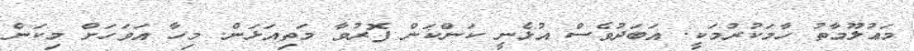
މަޢުލޫމާތު ހާމަކުރުމަކީ. އަބަދުވެސް އުޅެނީ ކަންކަން ފޮރުވާ މަތިއަޅަން. މިހާ އަވަހަށް މިކަން